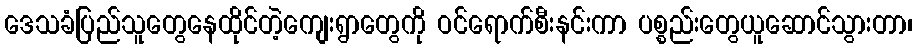
ဒေသခံပြည်သူတွေနေထိုင်တဲ့ကျေးရွာတွေကို ဝင်ရောက်စီးနင်းကာ ပစ္စည်းတွေယူဆောင်သွားတာ၊